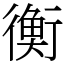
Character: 衡